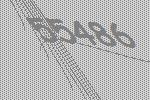
55486